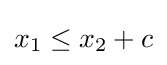
x_{1}\leq x_{2}+c